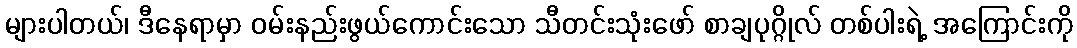
များပါတယ်၊ ဒီနေရာမှာ ဝမ်းနည်းဖွယ်ကောင်းသော သီတင်းသုံးဖော် စာချပုဂ္ဂိုလ် တစ်ပါးရဲ့ အကြောင်းကို